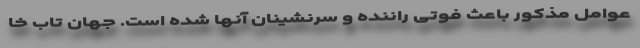
عوامل مذکور باعث فوتی راننده و سرنشینان آنها شده است. جهان تاب خا